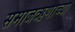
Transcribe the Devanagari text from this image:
समाजऋणाच्या